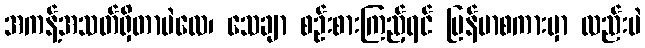
အကန့်အသတ်ရှိတာပဲလေ၊ သေချာ စဉ်းစားကြည့်ရင် မြန်မာစကားမှာ လည်းပဲ